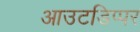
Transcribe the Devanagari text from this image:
आउटडिप्पर